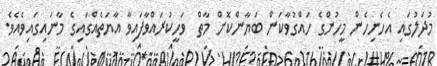
މުދަލުގައި އެހެނިހެން މީހުންގެ ހައްގުވާކަން ބަޔާންކޮށް މާތް  ވަހީކުރައްވާފައިވާ އާޔަތެއްގައިގެ މާނައިގައިވެއެވެ.